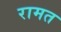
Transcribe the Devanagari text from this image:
रामत